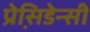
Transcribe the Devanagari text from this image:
प्रेसि़डेन्सी